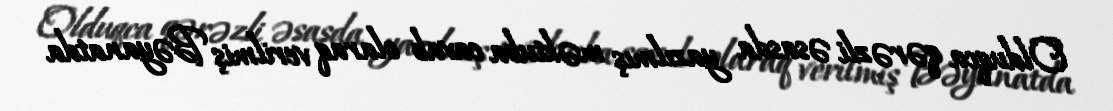
Olduqca qərəzli əsasda yazılmış məktuba cavab olaraq verilmiş Bəyanatda